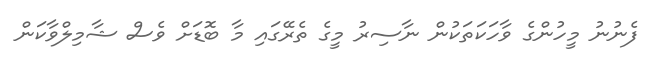
ފެނުނު މީހުންގެ ވާހަކަތަކުން ނާސިރު މީގެ ތެރޭގައި މާ ބޮޑަށް ވެސް ޝާމިލްވާކަން